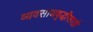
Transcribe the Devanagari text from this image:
व्यवसायवृद्धीसाठी